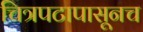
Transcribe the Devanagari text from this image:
चित्रपटापासूनच